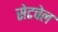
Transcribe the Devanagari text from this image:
सेटचेल